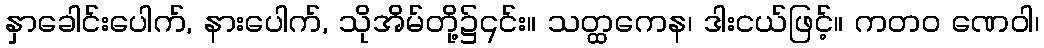
နှာခေါင်းပေါက်, နားပေါက်, သိုအိမ်တို့၌၎င်း။ သတ္ထကေန၊ ဒါးငယ်ဖြင့်။ ကတဝ ဏေဝါ၊